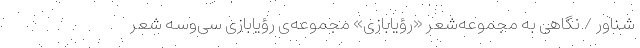
شناور / نگاهی به مجموعه‌شعر «رؤیابازی» مجموعه‌ی رؤیابازی سی‌وسه شعر